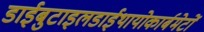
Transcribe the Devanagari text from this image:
डाईबुटाइलडाईथायोकार्बमेटों